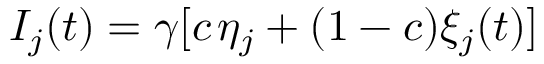
I _ { j } ( t ) = \gamma [ c \; \! \eta _ { j } + ( 1 - c ) \xi _ { j } ( t ) ]